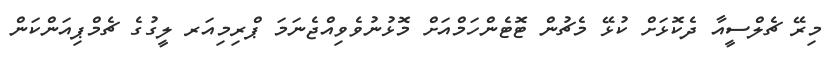
މިރޭ ޗެލްސީއާ ދެކޮޅަށް ކުޅޭ މެޗުން ޓޮޓެންހަމްއަށް މޮޅުނުވެވިއްޖެނަމަ ޕްރިމިއަރ ލީގުގެ ޗެމްޕިއަންކަން